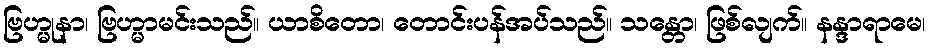
ဗြဟ္မုနာ၊ ဗြဟ္မာမင်းသည်။ ယာစိတော၊ တောင်းပန်အပ်သည်။ သန္တော၊ ဖြစ်လျက်။ နန္ဒာရာမေ၊